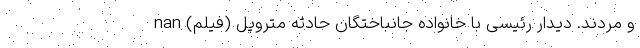
و مردند. دیدار رئیسی با خانواده جانباختگان حادثه متروپل (فیلم) nan